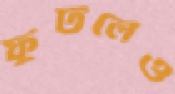
ফুটলেও